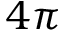
4 \pi